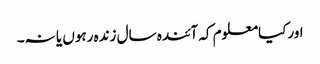
اورکیامعلوم کہ آئندہ سال زندہ رہوں یا نہ۔